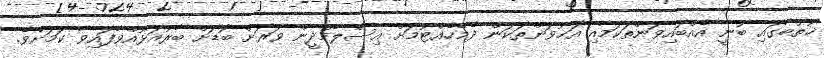
ޚުތުބާގައި ބުނީ އެއްބައިވަންތަކަމާއި އަޚުވަންތަކަން ދެމެހެއްޓުމަށް އިސްލާމްދީން ވަރަށް ބޮޑަށް ބާރުއަޅުއްވާފައިވާ ކަމަށެވެ.